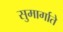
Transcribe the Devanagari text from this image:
सुमार्गाते